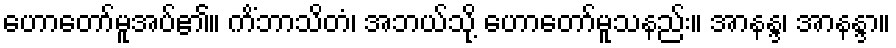
ဟောတော်မူအပ်၏။ ကိံဘာသိတံ၊ အဘယ်သို့ ဟောတော်မူသနည်း။ အာနန္ဒ၊ အာနန္ဒာ။